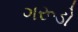
ગરૂડો